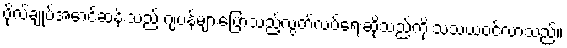
ဗိုလ်ချုပ်အောင်ဆန်းသည် ဂျပန်များပြောသည့်လွတ်လပ်ရေးဆိုသည်ကို သံသယဝင်လာသည်။